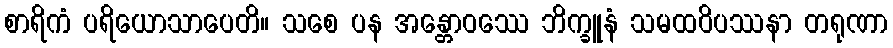
စာရိကံ ပရိယောသာပေတိ။ သစေ ပန အန္တောဝဿေ ဘိက္ခူနံ သမထဝိပဿနာ တရုဏာ